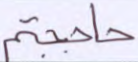
حاججتم